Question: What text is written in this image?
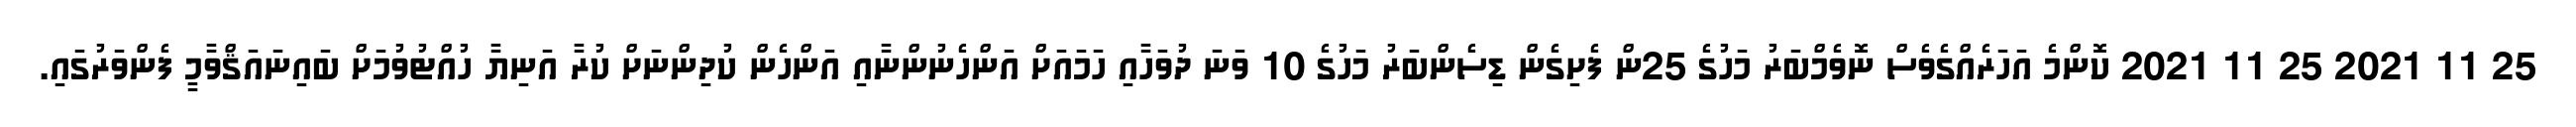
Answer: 25 11 2021 25 11 2021 ކޮންމެ އަހަރެއްގެވެސް ނޮވެމްބަރު މަހުގެ 25ން ފެށިގެން ޑިސެންބަރު މަހުގެ 10 ވަނަ ދުވަހާއި ހަމައަށް އަންހެނުންނާއި އަންހެން ކުދިންނަށް ކުރާ އަނިޔާ ހުއްޓުވުމަށް ބައިނައަޤްވާމީ ފެންވަރުގައި.